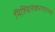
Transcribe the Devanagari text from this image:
निश्चितकरणाऱ्या